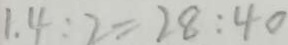
1 . 4 : 2 = 2 8 : 4 0